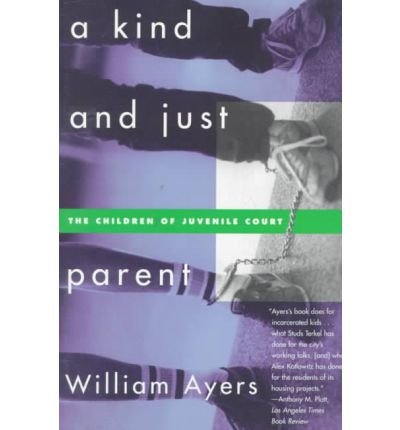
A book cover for [ A Kind and Just Parent: The Children of Juvenile Court[ A KIND AND JUST PARENT: THE CHILDREN OF JUVENILE COURT ] By Ayers, William ( Author )Jun-01-1998 Paperback; William Ayers; Law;